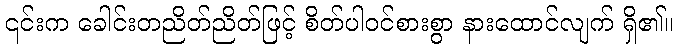
၎င်းက ခေါင်းတညိတ်ညိတ်ဖြင့် စိတ်ပါဝင်စားစွာ နားထောင်လျက် ရှိ၏။